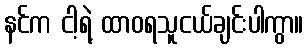
နင်က ငါ့ရဲ့ ထာဝရသူငယ်ချင်းပါကွာ။